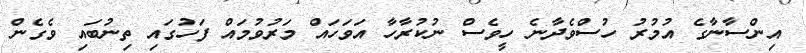
އިންސާނާގެ އުމުރު ހުސްވެދާނެ ހީވެސް ނުކުރާހާ އަވަހައް މަރުވުމައް ފަހުގައި ތިނުބައި ވެގެން